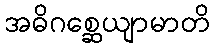
အဓိဂစ္ဆေယျာမာတိ